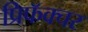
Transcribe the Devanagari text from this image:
प्रिफॅक्चर